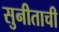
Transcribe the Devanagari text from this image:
सुनीताची